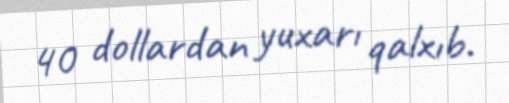
40 dollardan yuxarı qalxıb.